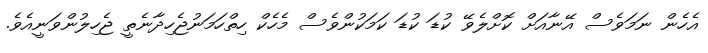
އެހެން ނަމަވެސް އޭނާއަށް ކޮށްލެވޭ ކުޑަ ކުޑަ ކަމަކުންވެސް މެހެކް ހިތްހަމަނުޖެހިދާނެތީ ޖެހިލުންވަނީއެވެ.